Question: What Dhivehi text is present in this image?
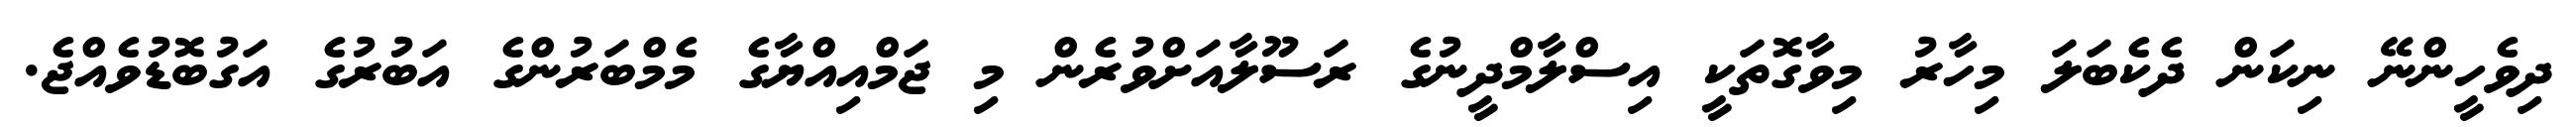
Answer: ދިވެހީންނޭ ނިކަން ދެކެބަލަ މިހާރު މިވާގޮތަކީ އިސްލާމްދީނުގެ ރަސޫލާއަށްވުރެން މި ޖަމްއިއްޔާގެ މެމްބަރުންގެ އަބުރުގެ އަގުބޮޑުވެއްޖެ.